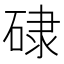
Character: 𥓏